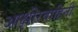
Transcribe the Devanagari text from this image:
आक्षीरवाहिनी